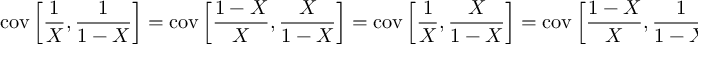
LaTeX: \operatorname { c o v } \left[ { \frac { 1 } { X } } , { \frac { 1 } { 1 - X } } \right] = \operatorname { c o v } \left[ { \frac { 1 - X } { X } } , { \frac { X } { 1 - X } } \right] = \operatorname { c o v } \left[ { \frac { 1 } { X } } , { \frac { X } { 1 - X } } \right] = \operatorname { c o v } \left[ { \frac { 1 - X } { X } } , { \frac { 1 } { 1 - X } } \right] = { \frac { \alpha + \beta - 1 } { ( \alpha - 1 ) ( \beta - 1 ) } } { \mathrm { ~ i f ~ } } \alpha , \beta > 1